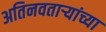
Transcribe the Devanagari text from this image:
अतिनवताऱ्यांच्या